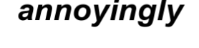
annoyingly